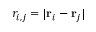
r _ { i , j } = | \mathbf { r } _ { i } - \mathbf { r } _ { j } |